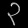
Digit: ၃